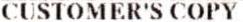
CUSTOMER'S COPY